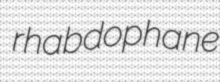
rhabdophane